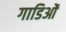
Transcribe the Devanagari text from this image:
गाडिओं